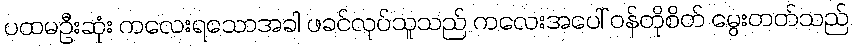
ပထမဦးဆုံး ကလေးရသောအခါ ဖခင်လုပ်သူသည် ကလေးအပေါ် ဝန်တိုစိတ် မွေးတတ်သည်